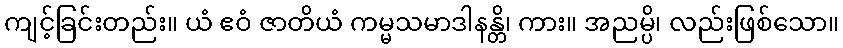
ကျင့်ခြင်းတည်း။ ယံ ဧဝံ ဇာတိယံ ကမ္မသမာဒါနန္တိ၊ ကား။ အညမ္ပိ၊ လည်းဖြစ်သော။